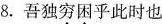
8.吾独穷困乎此时也